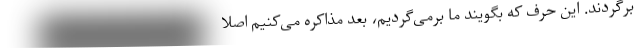
برگردند. این حرف که بگویند ما برمی‌گردیم، بعد مذاکره می‌کنیم اصلاً